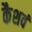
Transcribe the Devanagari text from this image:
कैशवं